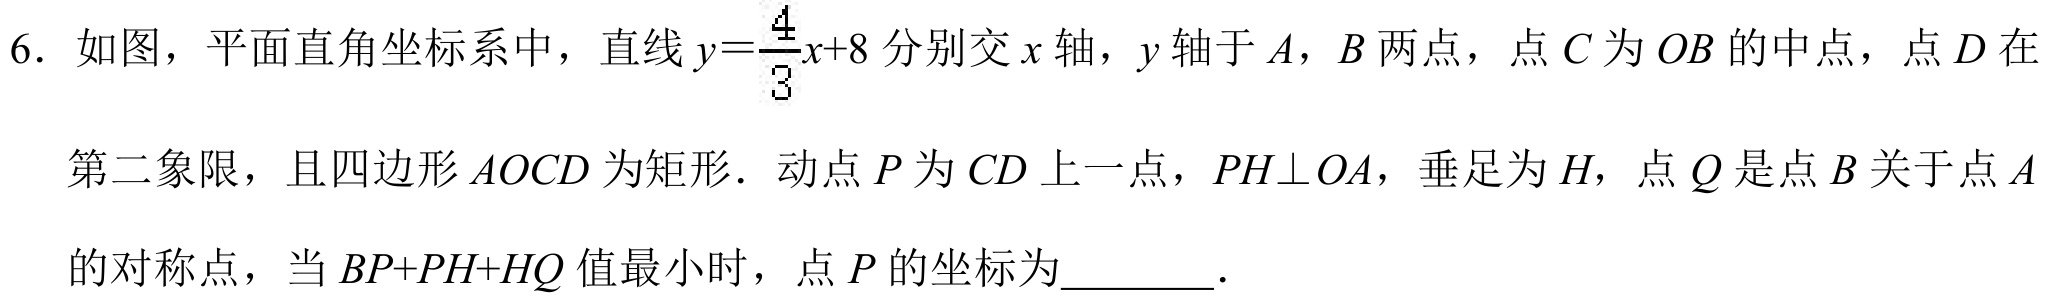
6. 如图，平面直角坐标系中，直线 \(y = \frac{4}{3}x + 8\) 分别交 \(x\) 轴，\(y\) 轴于 \(A\)，\(B\) 两点，点 \(C\) 为 \(OB\) 的中点，点 \(D\) 在
第二象限，且四边形 \(AOCD\) 为矩形．动点 \(P\) 为 \(CD\) 上一点，\(PH\perp OA\)，垂足为 \(H\)，点 \(Q\) 是点 \(B\) 关于点 \(A\)
的对称点，当 \(BP + PH+HQ\) 值最小时，点 \(P\) 的坐标为\(\underline{\quad\quad}\).